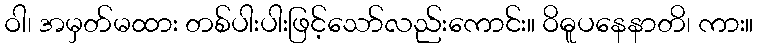
ဝါ၊ အမှတ်မထား တစ်ပါးပါးဖြင့်သော်လည်းကောင်း။ ဝိဓူပနေနာတိ၊ ကား။